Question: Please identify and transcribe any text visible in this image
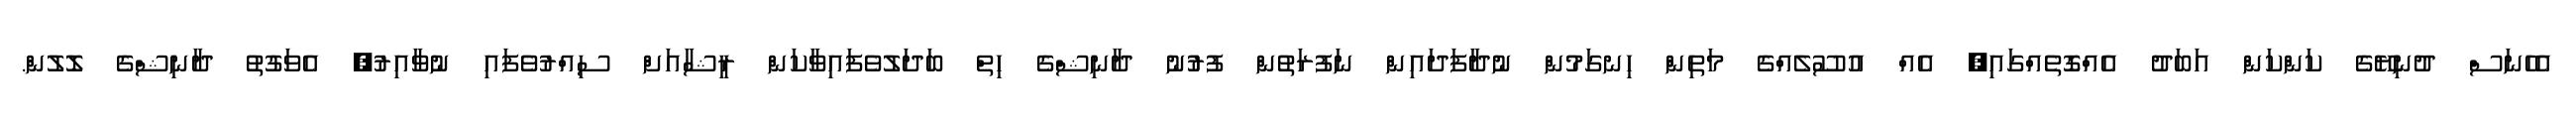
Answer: އެހެނަސް ދުނިޔޭގެ ކަންކަން އަބަދު އެއްގޮތެއްގައި, އެއް އުސޫލެއްގެ މަތިންް ހިނގަމުން ނުދާފަދައިން ނަފުރަތުން ފުރުުނު ދާނިޝްގެ ހިތް ބަދަލުވެފައިވާކަން ރީޝާއަށް ސިއްރުވެފައި ނުވާއިރު, އެވަގުތު ދާނިޝްގެ ލޮލުން.